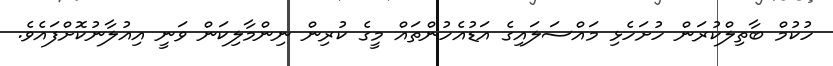
ހުކުމް ބާތިލްކުރަން ހުށަހެޅި މައްސަލައިގެ އަޑުއެހުންތައް މީގެ ކުރިން ނިންމާލިކަން ވަނީ އިއުލާނުކޮށްފައެވެ.